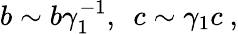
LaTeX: b\sim b\gamma_{1}^{-1},~~c\sim\gamma_{1}c\ ,